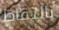
بالتقاط